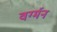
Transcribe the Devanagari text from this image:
वर्ग्मन